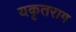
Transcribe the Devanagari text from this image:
यकृतराग